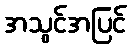
အသွင်အပြင်